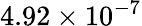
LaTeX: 4.92\times 10^{-7}